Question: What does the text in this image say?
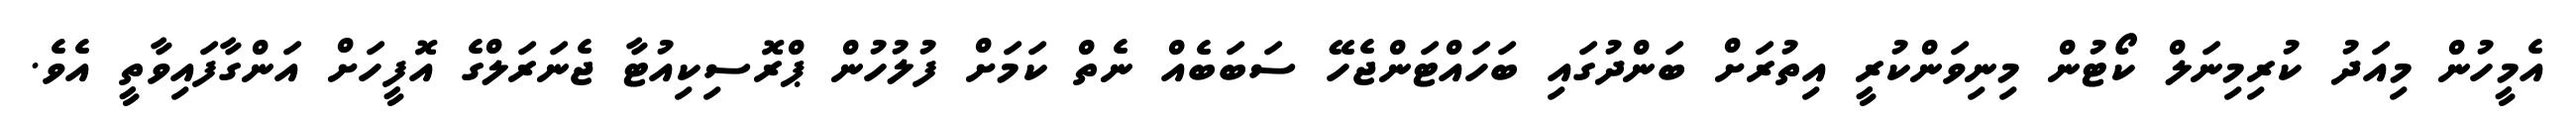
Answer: އެމީހުން މިއަދު ކުރިމިނަލް ކޯޓުން މިނިވަންކުރީ އިތުރަށް ބަންދުގައި ބަހައްޓަންޖެހޭ ސަބަބެއް ނެތް ކަމަށް ފުލުހުން ޕްރޮސިކިއުޓާ ޖެނަރަލްގެ އޮފީހަށް އަންގާފައިވާތީ އެވެ.